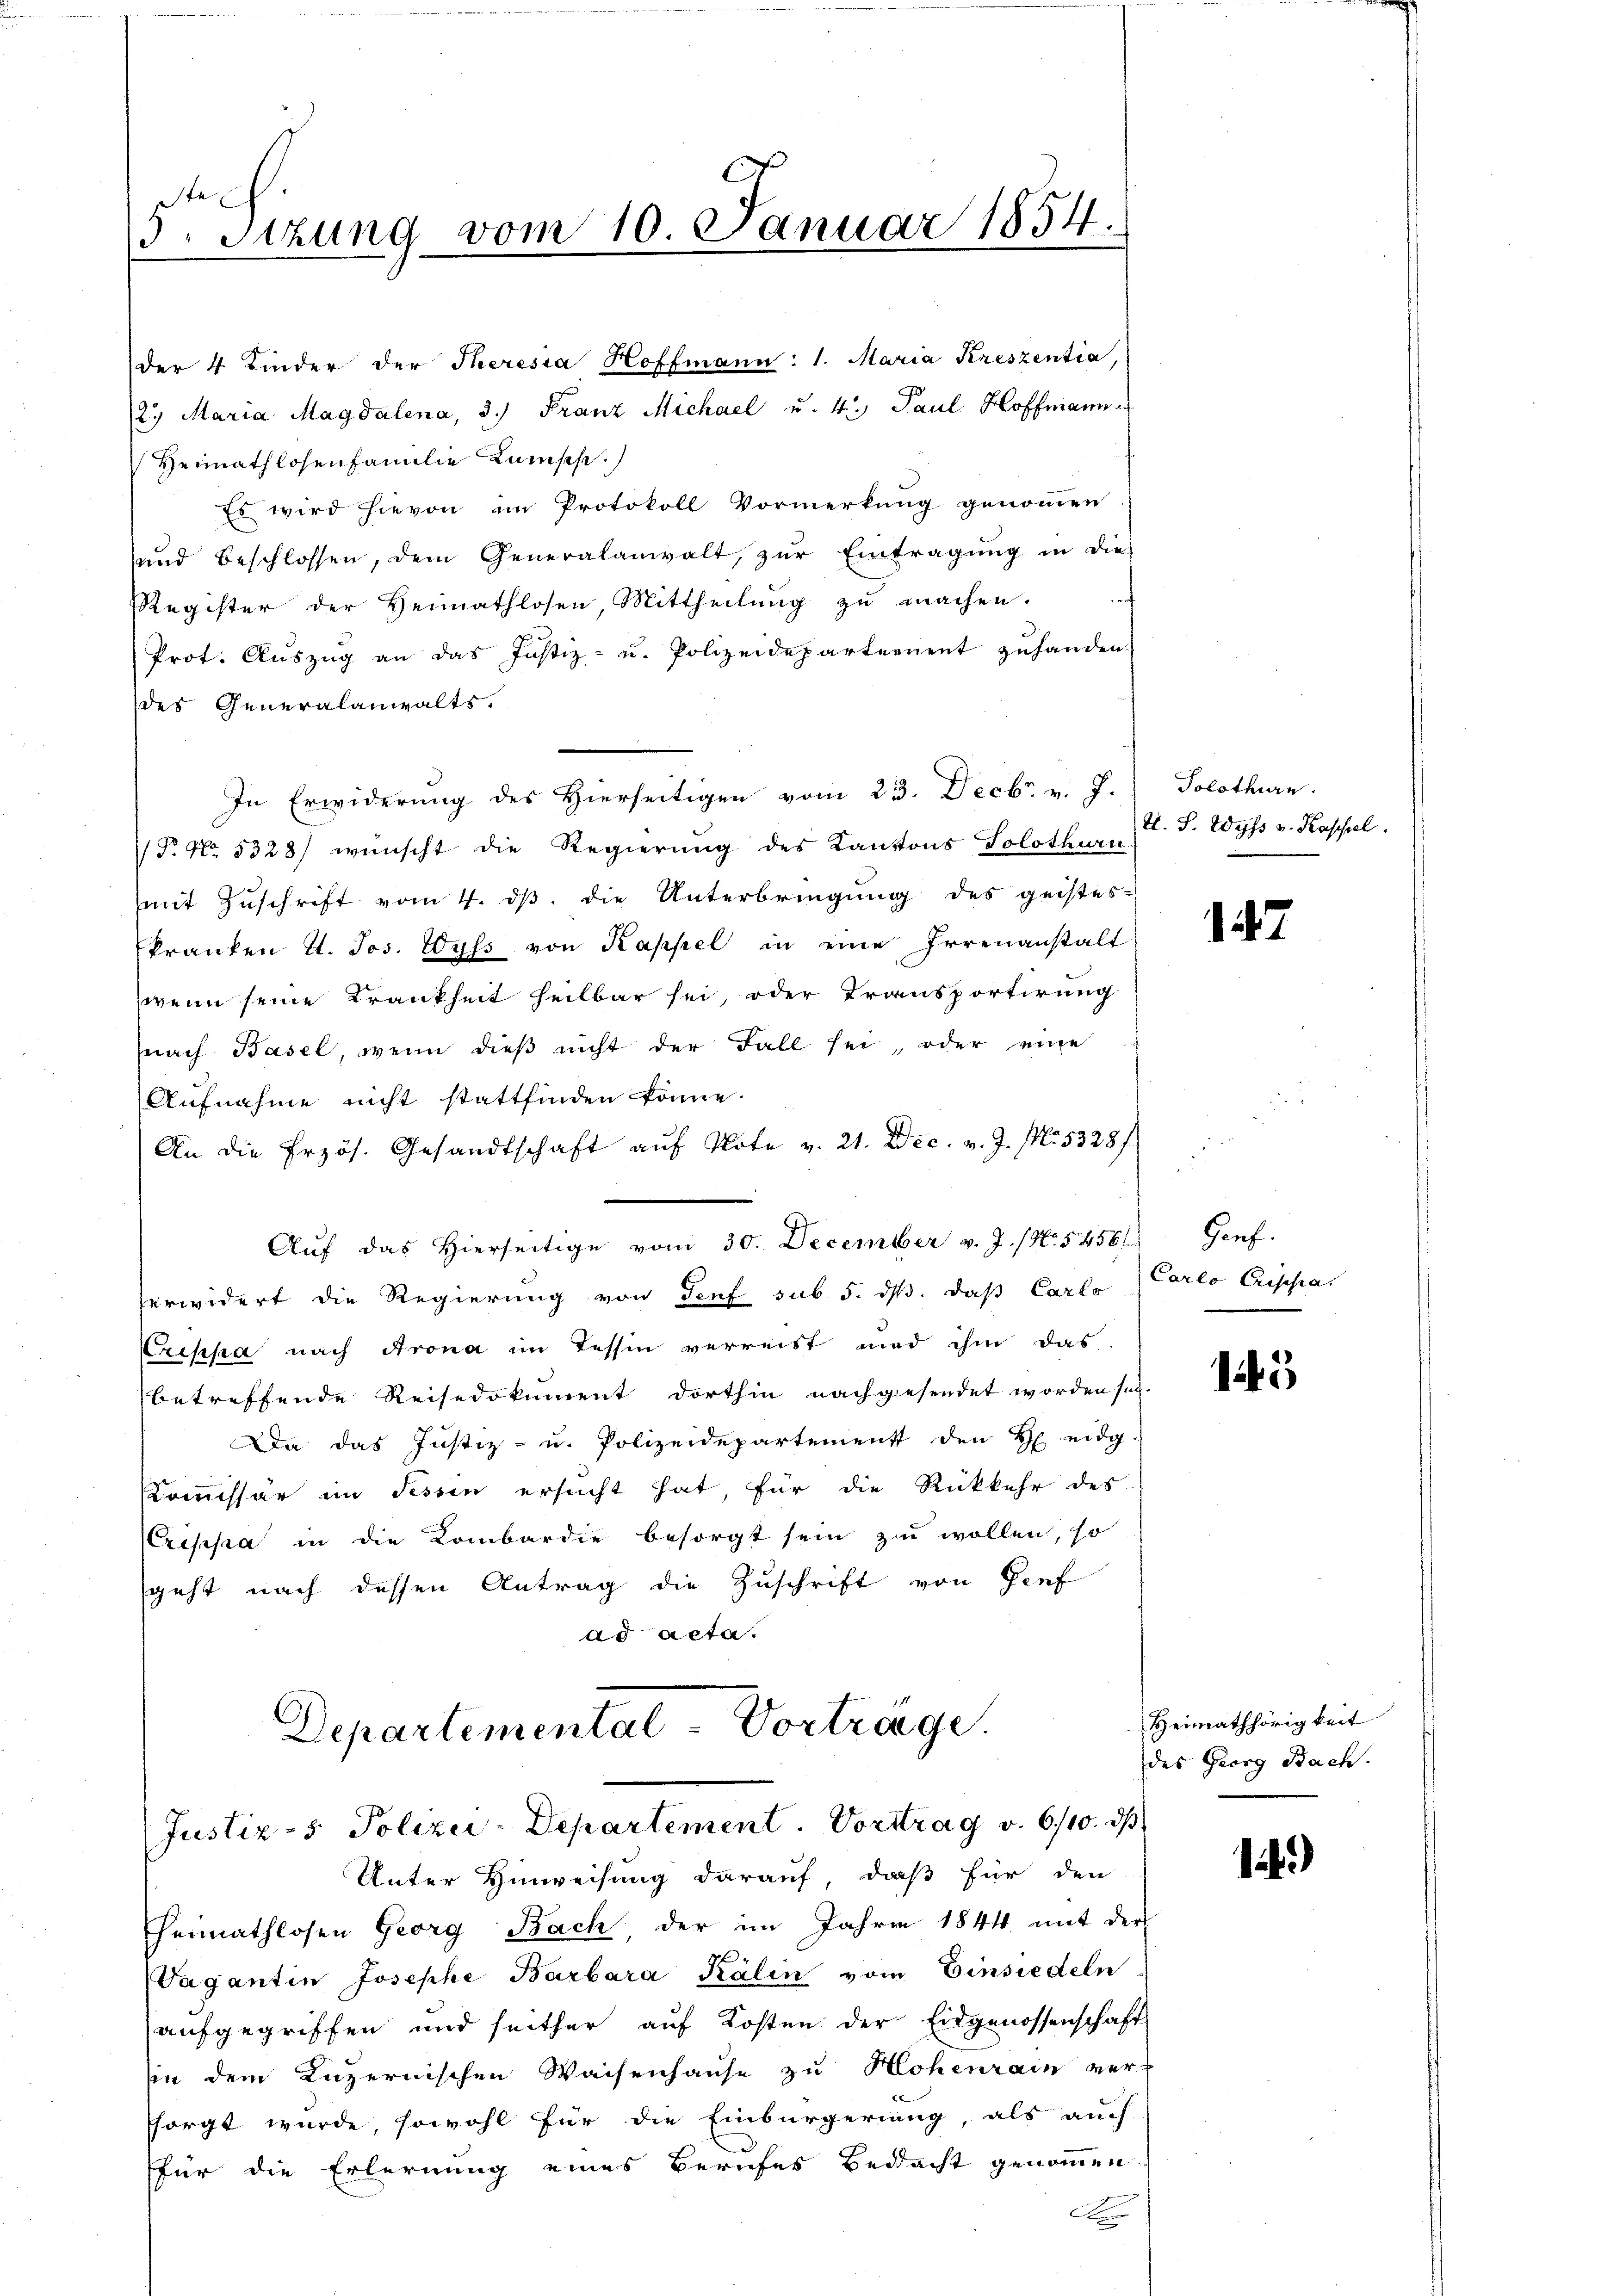
5. Sizung vom 10. Januar 1854.

der 4 Kinder der Theresia Hoffmann: 1. Maria Kreszentia,
2.) Maria Magdalena, 3.) Franz Michael u. 4. Paul Hoffmann
Heimathlosenfamilie Kamische.
Es wird hievon im Protokoll Vormerkung genommen
und beschlossen, dem Generalanwalt, zŭr Eintragung in die
Register der Heimathlosen Mittheilung zu machen.
Prot. Aŭszŭg an das Justiz- u. Polizeidepartement zŭ handen
der Generalanwalts.
In Erwiderung des Hierseitigen vom 23. Decbr. v. J.) Solothurn.
P. No. 5328) wünscht die Regierung des Kantons Solothurn. F. Wyss v. Kassel
mit Zŭschrift vom 4. dβ. die Unterbringŭng des geistes-
kranken d. Jos. Wyss von Kappel in eine Irrenanstalt
wenn seine Krankheit heilbar sei, oder Transportirung
nach Basel, wenn dieβ nicht der Fall sei, oder eine
Aufnahme nicht stattfinden könne.
An die Erzös. Gesandtschaft auf Note v. 21. Dec. v. J. Nr. 5328/
Aŭf das hierseitige vom 30. December v. J. (N. 54561
erwidert die Regierung von Senf sub 5. dß. daß Carlo Carlo Crissa
Creppa nach Arona im Tessin verreist und ihm das
betreffende Reisedokument dorthin nachgesendet worden sei.
Da das Justiz- u. Polizeidepartement den H eidg.
Kommissär im Tessin ersucht hat, für die Rückkehr des
ripsa in die Kombardie besorgt sein zu wollen, so
sgeht nach dessen Antrag die Zuschrift von Genf
ad acta.

Departementat-Vortrage.
Justiz-s Polizei-Departement. Vorttrag v. 6/10. ds

Unter Hinweisung darauf, daß für den
heimathlosen Georg Bach, der im Jahre 1844 mit der
r
Vagantin Josephe Barbara Kalin vom Einsiedeln
aufgegriffen und seither auf Kosten der Eidgenossenschaft
sin dem Luzernischen Waisenhause zu Hohenrain verssorgt wurde, sowohl für die Einbürgerung, als auch
für die Erlernung eines Berufes Bedacht genommen
F

147

Genf.

123

Heimathörigkeit
des Georg Bach.

124)